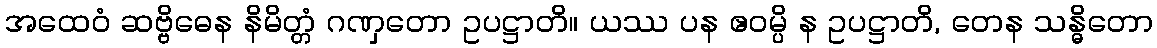
အထေဝံ ဆဗ္ဗိဓေန နိမိတ္တံ ဂဏှတော ဥပဋ္ဌာတိ။ ယဿ ပန ဧဝမ္ပိ န ဥပဋ္ဌာတိ, တေန သန္ဓိတော